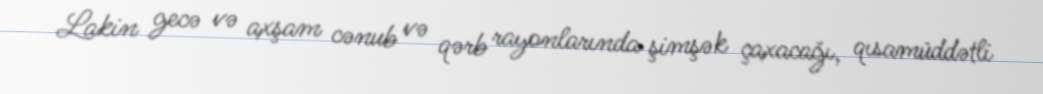
Lakin gecə və axşam cənub və qərb rayonlarında şimşək çaxacağı, qısamüddətli